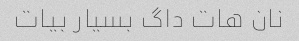
نان هات داگ بسیار بیات